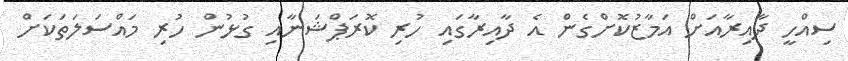
ސިއްހީ ދާއިރާއަށް އަމާޒުކޮށްގެން އެ ދާއިރާގައި ހުރި ކޮރަޕްޝަނާއި ގުޅުން ހުރި މައްސަލަތަކަށް